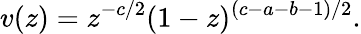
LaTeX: v(z)=z^{-c/2}(1-z)^{(c-a-b-1)/2}.